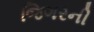
જિગરની